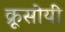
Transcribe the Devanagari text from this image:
क्रूसोयी